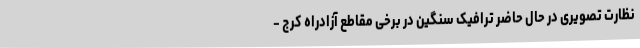
نظارت تصویری در حال حاضر ترافیک سنگین در برخی مقاطع آزادراه کرج -